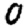
Digit: 0